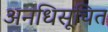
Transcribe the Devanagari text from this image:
अनधिसूचित